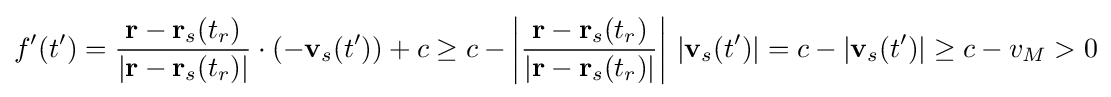
f'(t')={\frac {\mathbf {r} -\mathbf {r} _{s}(t_{r})}{|\mathbf {r} -\mathbf {r} _{s}(t_{r})|}}\cdot (-\mathbf {v} _{s}(t'))+c\geq c-\left|{\frac {\mathbf {r} -\mathbf {r} _{s}(t_{r})}{|\mathbf {r} -\mathbf {r} _{s}(t_{r})|}}\right|\,|\mathbf {v} _{s}(t')|=c-|\mathbf {v} _{s}(t')|\geq c-v_{M}>0